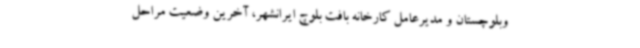
وبلوچستان و مدیرعامل کارخانه بافت بلوچ ایرانشهر، آخرین وضعیت مراحل